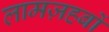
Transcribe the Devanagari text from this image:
लामज़हबों